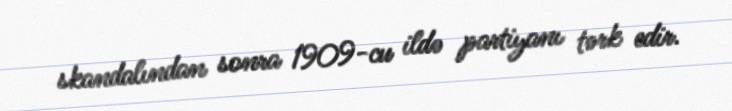
skandalından sonra 1909-cu ildə partiyanı tərk edir.